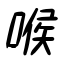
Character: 喉